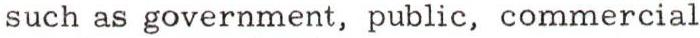
such as government, public, commercial